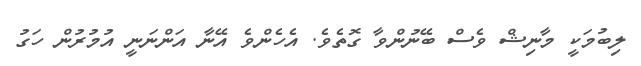
ލިބުމަކީ މާނިޝް ވެސް ބޭނުންވާ ގޮތެވެ. އެހެންވެ އޭނާ އަންނަނީ އުމުރުން ހަގު